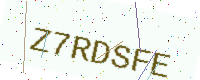
Text: Z7RDSFE